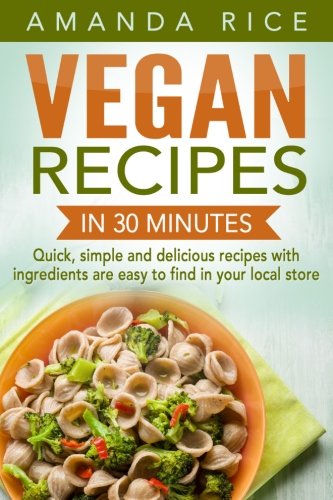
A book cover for Vegan recipes in 30 minutes: quick, simple and delicious recipes with ingredients are easy to find in your local store; Amanda Rice; Health, Fitness & Dieting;